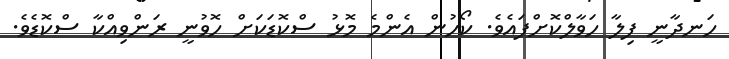
ހަނދާނީ ފިލާ ހަވާލްކޮށްފައެވެ. ކޯހުން އެންމެ މޮޅު ސްކޮޑަކަށް ހޮވުނީ ރަންވިއްކާ ސްކޮޑެވެ.